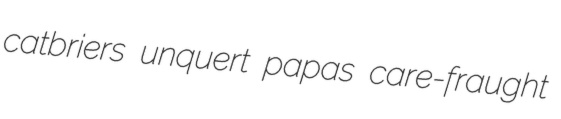
catbriers unquert papas care-fraught